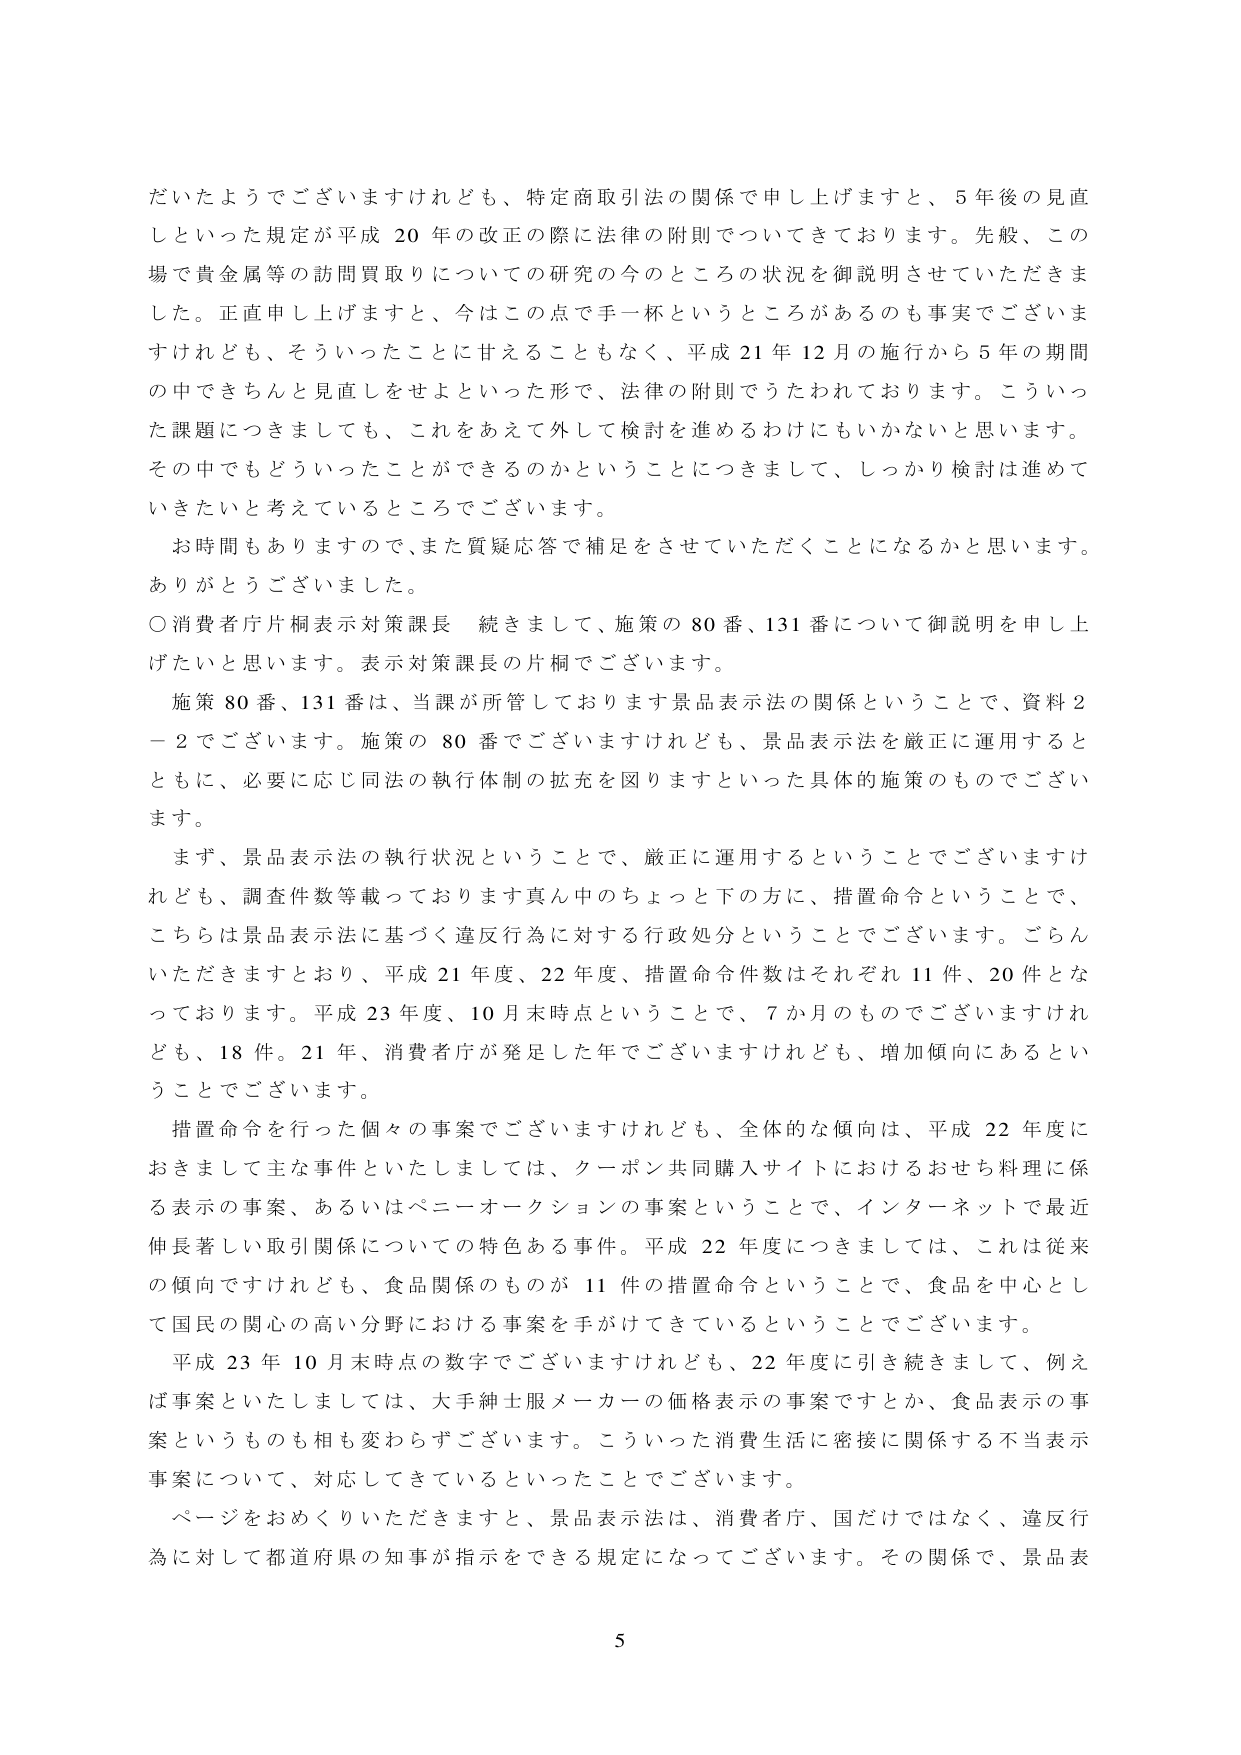
だいたようでございますけれども、特定商取引法の関係で申し上げますと、5年後の見直しといった規定が平成20年の改正の際に法律の附則でついてきております。先般、この場で貴金属等の訪問買取りについての研究の今のところの状況を御説明させていただきました。正直申し上げますと、今はこの点で手一杯というところがあるのも事実でございますけれども、そういったことに甘えることもなく、平成21年12月の施行から5年の期間の中できちんと見直しをせよといった形で、法律の附則でうたわれております。こういった課題につきましても、これをあえて外して検討を進めるわけにもいかないと思います。その中でもどういったことができるのかということにつきまして、しっかり検討は進めていきたいと考えているところでございます。

お時間もありますので、また質疑応答で補足をさせていただくことになるかと思います。ありがとうございました。

○消費者庁片桐表示対策課長　続きまして、施策の80番、131番について御説明を申し上げたいと思います。表示対策課長の片桐でございます。

施策80番、131番は、当課が所管しております景品表示法の関係ということで、資料2－2でございます。施策の80番でございますけれども、景品表示法を厳正に運用するとともに、必要に応じ同法の執行体制の拡充を図りますといった具体的施策のものでございます。

まず、景品表示法の執行状況ということで、厳正に運用するということでございますけれども、調査件数等載っております真ん中のちょっと下の方に、措置命令ということで、こちらは景品表示法に基づく違反行為に対する行政処分ということでございます。ごらんいただきますとおり、平成21年度、22年度、措置命令件数はそれぞれ11件、20件となっております。平成23年度、10月末時点ということで、7か月のものでございますけれども、18件。21年、消費者庁が発足した年でございますけれども、増加傾向にあるということでございます。

措置命令を行った個々の事案でございますけれども、全体的な傾向は、平成22年度におきまして主な事件といたしましては、クーポン共同購入サイトにおけるおせち料理に係る表示の事案、あるいはベニーオークションの事案ということで、インターネットで最近伸長著しい取引関係についての特色ある事件。平成22年度につきましては、これは従来の傾向ですけれども、食品関係のものが11件の措置命令ということで、食品を中心として国民の関心の高い分野における事案を手がけてきているということでございます。

平成23年10月末時点の数字でございますけれども、22年度に引き続きまして、例えば事案といたしましては、大手紳士服メーカーの価格表示の事案ですとか、食品表示の事案というのも相も変わらずございます。こういった消費生活に密接に関係する不当表示事案について、対応してきているといったことでございます。

ページをおめくりいただきますと、景品表示法は、消費者庁、国だけではなく、違反行為に対して都道府県の知事が指示をできる規定になってございます。その関係で、景品表

5